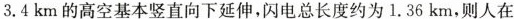
3.4km的高空基本竖直向下延伸，闪电总长度约为1.36km，则人在